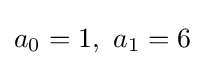
a_{0}=1,\ a_{1}=6